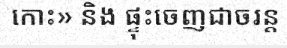
កោះ» និង ផ្ទុះចេញជាចរន្ត